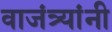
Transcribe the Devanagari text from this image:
वाजंत्र्यांनी